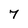
Character: 7